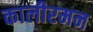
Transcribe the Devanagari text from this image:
कालीरमन